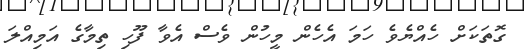
ގޮތަކަށް ހެއްޔެވެ ހަމަ އެހެން މީހުން ވެސް އެވާ ފޫހި ތިމާގެ އަމިއްލަ